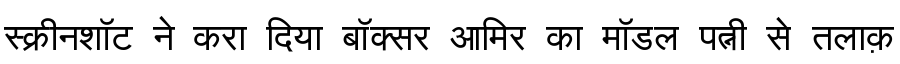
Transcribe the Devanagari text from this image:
स्क्रीनशॉट ने करा दिया बॉक्सर आमिर का मॉडल पत्नी से तलाक़